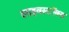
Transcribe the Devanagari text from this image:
लाइवस्टॉक्स